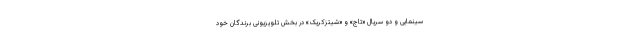
سینمایی و دو سریال «تاج» و «شیتزکریک» در بخش تلویزیونی برندگان خود